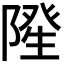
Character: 𮥓